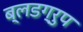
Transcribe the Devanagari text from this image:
ब्लडग्रुप